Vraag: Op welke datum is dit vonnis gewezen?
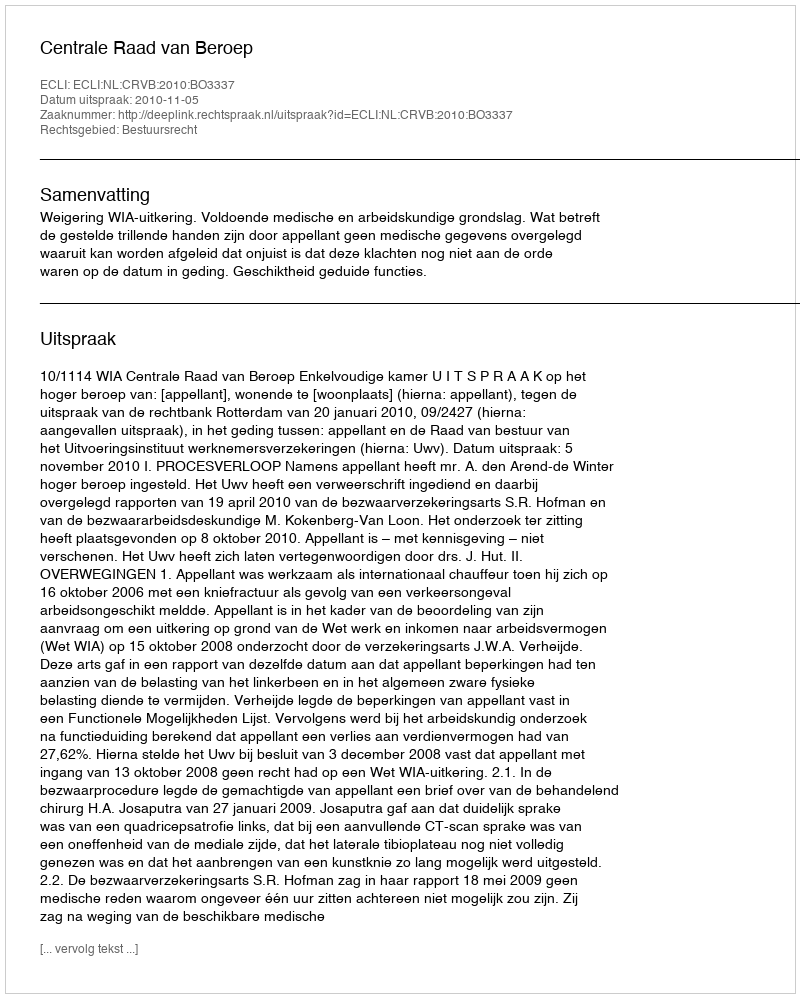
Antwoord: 2010-11-05